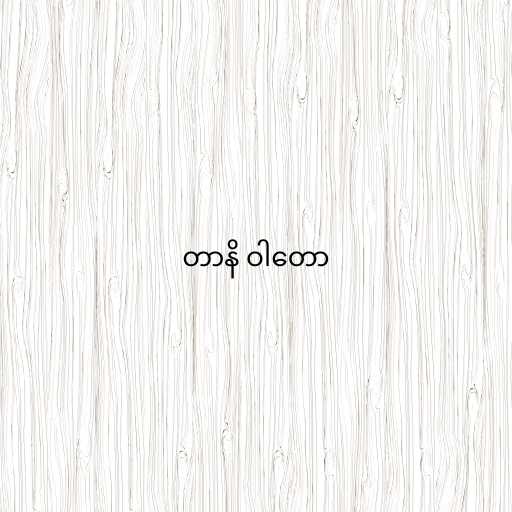
တာနိ ဝါတော